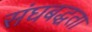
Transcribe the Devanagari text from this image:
संघबद्धता